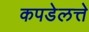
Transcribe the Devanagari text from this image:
कपडेलत्ते